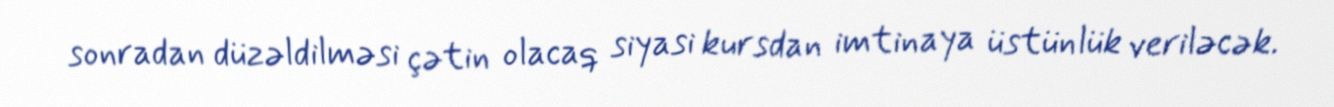
sonradan düzəldilməsi çətin olacaq siyasi kursdan imtinaya üstünlük veriləcək.